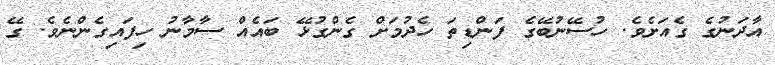
އާދަނުގެ ގެއަށެވެ. ހުސޭނުބޭގެ ފަންޑިތަ ހެދުމަށް ގެންގުޅޭ ބައެއް ސާމާނު ހިފައިގެންނެވެ. ގޭ